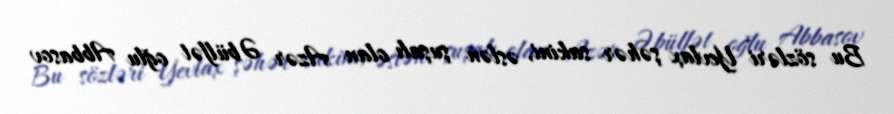
Bu sözləri Yevlax şəhər sakini, əslən şuşalı olan Azər Əbülfət oğlu Abbasov